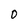
Character: 0